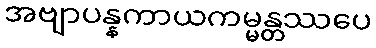
အဗျာပန္နကာယကမ္မန္တဿပေ